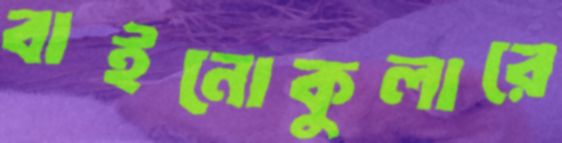
বাইনোকুলারে